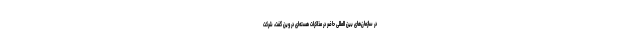
در سازمان‌های بین المللی حاضر در مذاکرات هسته‌ای در وین گفت، شرکت